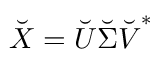
\Breve { \boldsymbol { X } } = \Breve { \boldsymbol { U } } \Breve { \boldsymbol { \Sigma } } \Breve { \boldsymbol { V } } ^ { * }